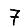
Digit: 7